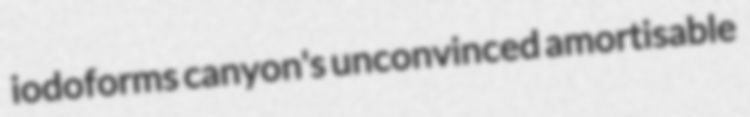
iodoforms canyon's unconvinced amortisable